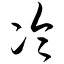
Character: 冷